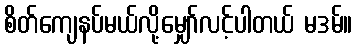
စိတ်ကျေနပ်မယ်လို့မျှော်လင့်ပါတယ် မဒမ်။